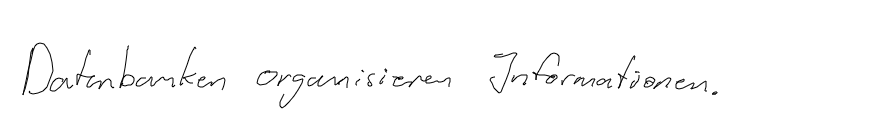
Datenbanken organisieren Informationen.